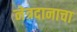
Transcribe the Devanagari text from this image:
नेत्रदानाचा